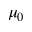
\mu _ { 0 }